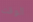
الوقت